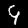
Label: 9